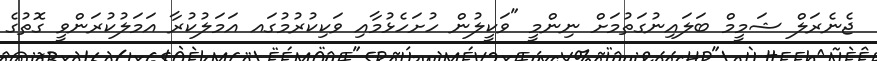
ޖެނެރަލް ޝަމީމް ބަލައިނުގަތުމަށް ނިންމީ "ވަކީލުން ހުށަހެޅުމާއި ވަކިކުރުމުގައ އަމަލުކުރާ އަމަލުކުރަންވީ ގޮތުގެ